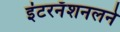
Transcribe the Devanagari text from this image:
इंटरनॅशनलने